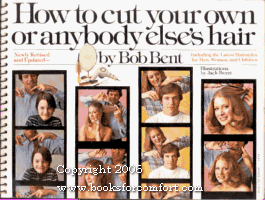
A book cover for How to Cut Your Own or Anybody Else's Hair, Including the Latest Hairstyles for Men, Women, and Children; Bob Bent; Health, Fitness & Dieting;